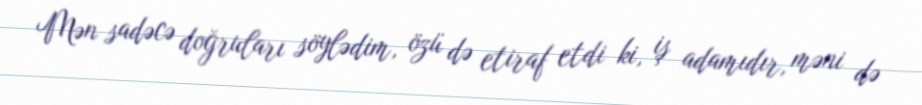
Mən sadəcə doğruları söylədim, özü də etiraf etdi ki, iş adamıdır, məni də